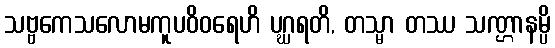
သဗ္ဗကေသလောမကူပဝိဝရေဟိ ပဂ္ဃရတိ, တသ္မာ တဿ သဏ္ဌာနမ္ပိ